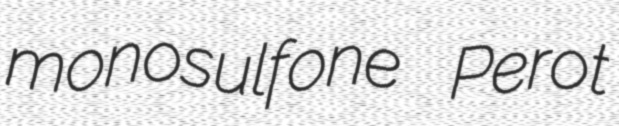
monosulfone Perot